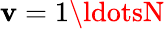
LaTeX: \mathbf{v}=1\ldotsN